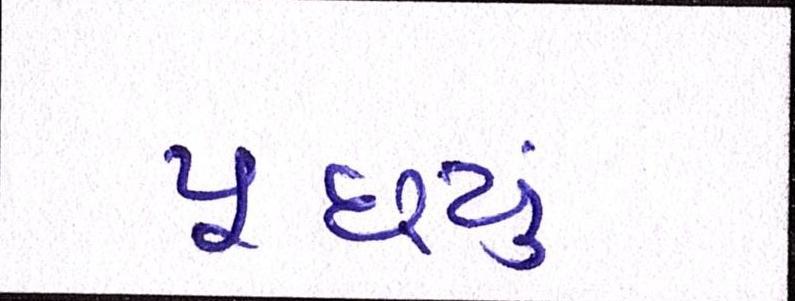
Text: પૂછ્યું